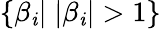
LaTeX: \{ \beta_{\mathit{i}}|\; |\beta_{\mathit{i}}|>1\}